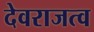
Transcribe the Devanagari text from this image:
देवराजत्व